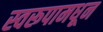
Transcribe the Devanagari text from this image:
स्वरूपामधून